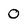
Character: 0